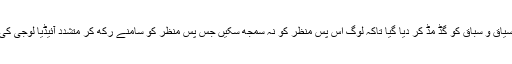
اور محمد بن سلمان کے مطلب اور حقیقی سیاق و سباق کو گڈ مڈ کر دیا گیا تاکہ لوگ اس پس منظر کو نہ سمجھ سکیں جس پس منظر کو سامنے رکھ کر متشدد آئیڈیا لوجی کی مدد کی بات محمد بن سلمان نے کی تھی۔